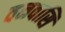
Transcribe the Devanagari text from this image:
वनवासि